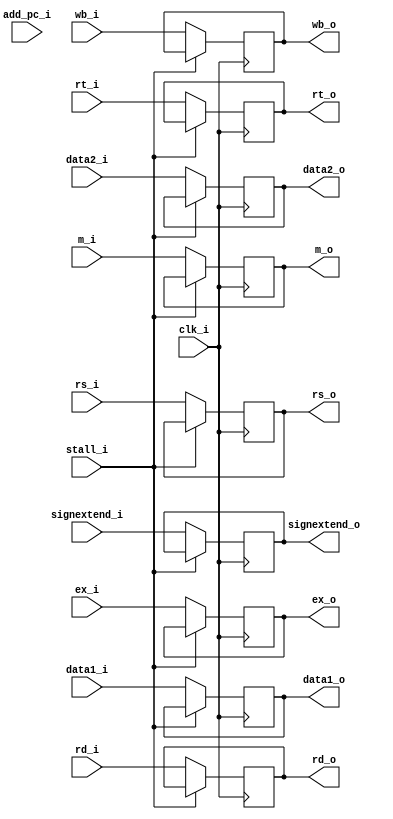
module IDEX
(
  clk_i, 
  wb_i,       
  m_i,        
  ex_i,        
  add_pc_i,    
  data1_i,     
  data2_i,     
  signextend_i,
  rs_i,        
  rt_i,        
  rd_i,        
  stall_i,
  
  wb_o,        
  m_o,        
  ex_o,        
  data1_o,     
  data2_o,     
  signextend_o,
  rs_o,        
  rt_o,        
  rd_o         
);

input clk_i;
input [1:0] wb_i;
input [1:0] m_i;
input [3:0] ex_i;
input [31:0] add_pc_i;
input [31:0] data1_i;
input [31:0] data2_i;
input [31:0] signextend_i;
input [4:0]  rs_i;
input [4:0]  rt_i;
input [4:0]  rd_i;

output [1:0] wb_o;
output [1:0] m_o;
output [3:0] ex_o;
output [31:0] data1_o;
output [31:0] data2_o;
output [31:0] signextend_o;
output [4:0]  rs_o;
output [4:0]  rt_o;
output [4:0]  rd_o;
input stall_i;
reg [1:0] wb_o;
reg [1:0] m_o;
reg [3:0] ex_o;
reg [31:0] data1_o;
reg [31:0] data2_o;
reg [31:0] signextend_o;
reg [4:0]  rs_o;
reg [4:0]  rt_o;
reg [4:0]  rd_o;

initial begin #10
  wb_o = 0;
	m_o = 0;
	ex_o = 0;
	data1_o = 0;
	data2_o = 0;
	signextend_o = 0;
	rs_o = 0;
	rt_o = 0;
	rd_o = 0;
end

always@(posedge clk_i) begin
	if(!stall_i)
	begin
	  wb_o <= wb_i;
		m_o <= m_i;
		ex_o <= ex_i;
		data1_o <= data1_i;
		data2_o <= data2_i;
		signextend_o <= signextend_i;
		rs_o <= rs_i;
		rt_o <= rt_i;
		rd_o <= rd_i;
	end
end

endmodule